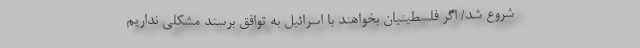
شروع شد/ اگر فلسطینیان بخواهند با اسرائیل به توافق برسند مشکلی نداریم